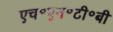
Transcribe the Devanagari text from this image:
एच॰एन॰टी॰बी